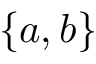
\{ a , b \}